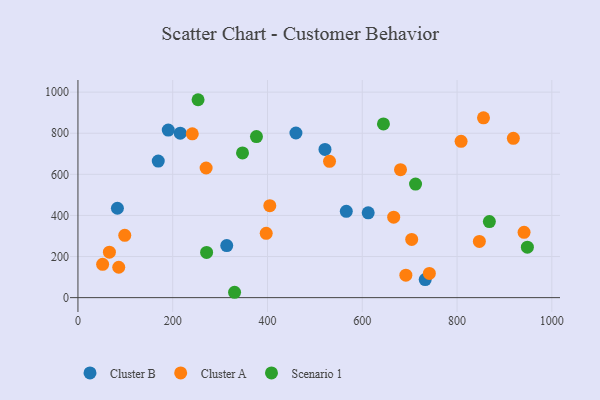
{"axis": {"x": "Speed", "y": "Fuel Efficiency"}, "legend": ["Cluster A", "Cluster B", "Scenario 1"], "data": [{"x": "521.3", "y": 721.1, "type": "Cluster B"}, {"x": "732.8", "y": 87.7, "type": "Cluster B"}, {"x": "314.0", "y": 253.1, "type": "Cluster B"}, {"x": "460.0", "y": 801.1, "type": "Cluster B"}, {"x": "215.9", "y": 800.1, "type": "Cluster B"}, {"x": "169.5", "y": 664.5, "type": "Cluster B"}, {"x": "566.3", "y": 419.9, "type": "Cluster B"}, {"x": "83.3", "y": 435.0, "type": "Cluster B"}, {"x": "612.5", "y": 412.6, "type": "Cluster B"}, {"x": "190.6", "y": 815.1, "type": "Cluster B"}, {"x": "270.5", "y": 630.7, "type": "Cluster A"}, {"x": "241.3", "y": 797.3, "type": "Cluster A"}, {"x": "855.8", "y": 874.8, "type": "Cluster A"}, {"x": "98.8", "y": 303.0, "type": "Cluster A"}, {"x": "692.0", "y": 109.1, "type": "Cluster A"}, {"x": "704.3", "y": 283.2, "type": "Cluster A"}, {"x": "666.3", "y": 391.3, "type": "Cluster A"}, {"x": "941.4", "y": 318.0, "type": "Cluster A"}, {"x": "808.5", "y": 760.5, "type": "Cluster A"}, {"x": "397.3", "y": 312.9, "type": "Cluster A"}, {"x": "680.7", "y": 622.4, "type": "Cluster A"}, {"x": "847.1", "y": 273.3, "type": "Cluster A"}, {"x": "86.1", "y": 147.9, "type": "Cluster A"}, {"x": "52.1", "y": 161.9, "type": "Cluster A"}, {"x": "66.4", "y": 221.1, "type": "Cluster A"}, {"x": "741.6", "y": 117.7, "type": "Cluster A"}, {"x": "404.9", "y": 447.4, "type": "Cluster A"}, {"x": "530.9", "y": 663.4, "type": "Cluster A"}, {"x": "918.8", "y": 775.1, "type": "Cluster A"}, {"x": "948.4", "y": 245.6, "type": "Scenario 1"}, {"x": "347.3", "y": 704.0, "type": "Scenario 1"}, {"x": "644.7", "y": 845.1, "type": "Scenario 1"}, {"x": "712.4", "y": 552.7, "type": "Scenario 1"}, {"x": "330.5", "y": 26.1, "type": "Scenario 1"}, {"x": "271.5", "y": 220.1, "type": "Scenario 1"}, {"x": "868.2", "y": 370.2, "type": "Scenario 1"}, {"x": "376.7", "y": 783.6, "type": "Scenario 1"}, {"x": "253.5", "y": 963.0, "type": "Scenario 1"}]}